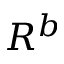
R ^ { b }